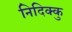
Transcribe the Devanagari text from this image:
निदिक्कु